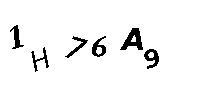
1H76A9